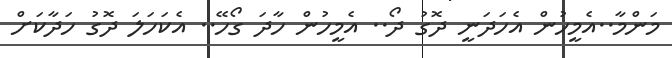
މަންމާ..އެމީހުން އެހަދަނީ ދޮގު ދޯ.. އެމީހުން ހާދަ ގޯހޭ.. އެކަހަލަ ދޮގު ހަދާކަށް